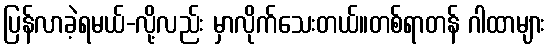
ပြန်လာခဲ့ရမယ်-လို့လည်း မှာလိုက်သေးတယ်။တစ်ရာတန် ဂါထာများ